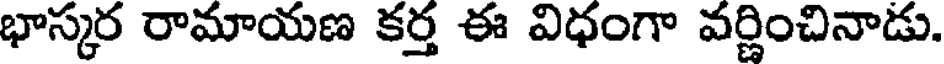
భాస్కర రామాయణ కర్త ఈ విధంగా వర్ణించినాడు.